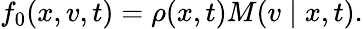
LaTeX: f_{0}(x,v,t)=\rho(x,t)M(v\mid x,t).